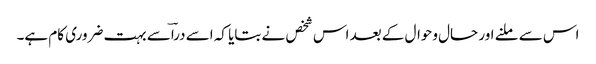
اس سے ملنے اور حال وحوال کے بعد اس شخص نے بتایا کہ اسے دراؔسے بہت ضروری کام ہے۔